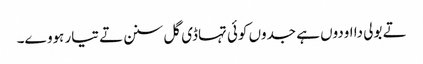
تے بولی دا اودوں ہے جدوں کوئی تہاڈی گل سنن تے تیار ہووے۔